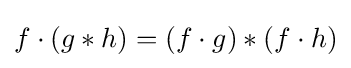
f\cdot (g*h)=(f\cdot g)*(f\cdot h)